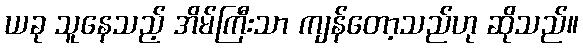
ယခု သူနေသည့် အိမ်ကြီးသာ ကျန်တော့သည်ဟု ဆိုသည်။